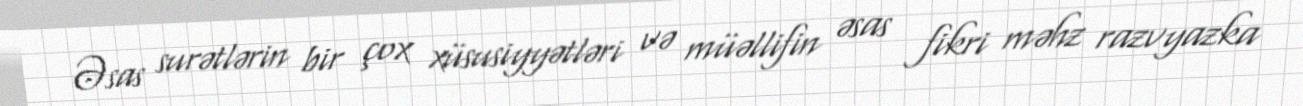
Əsas surətlərin bir çox xüsusiyyətləri və müəllifin əsas fikri məhz razvyazka